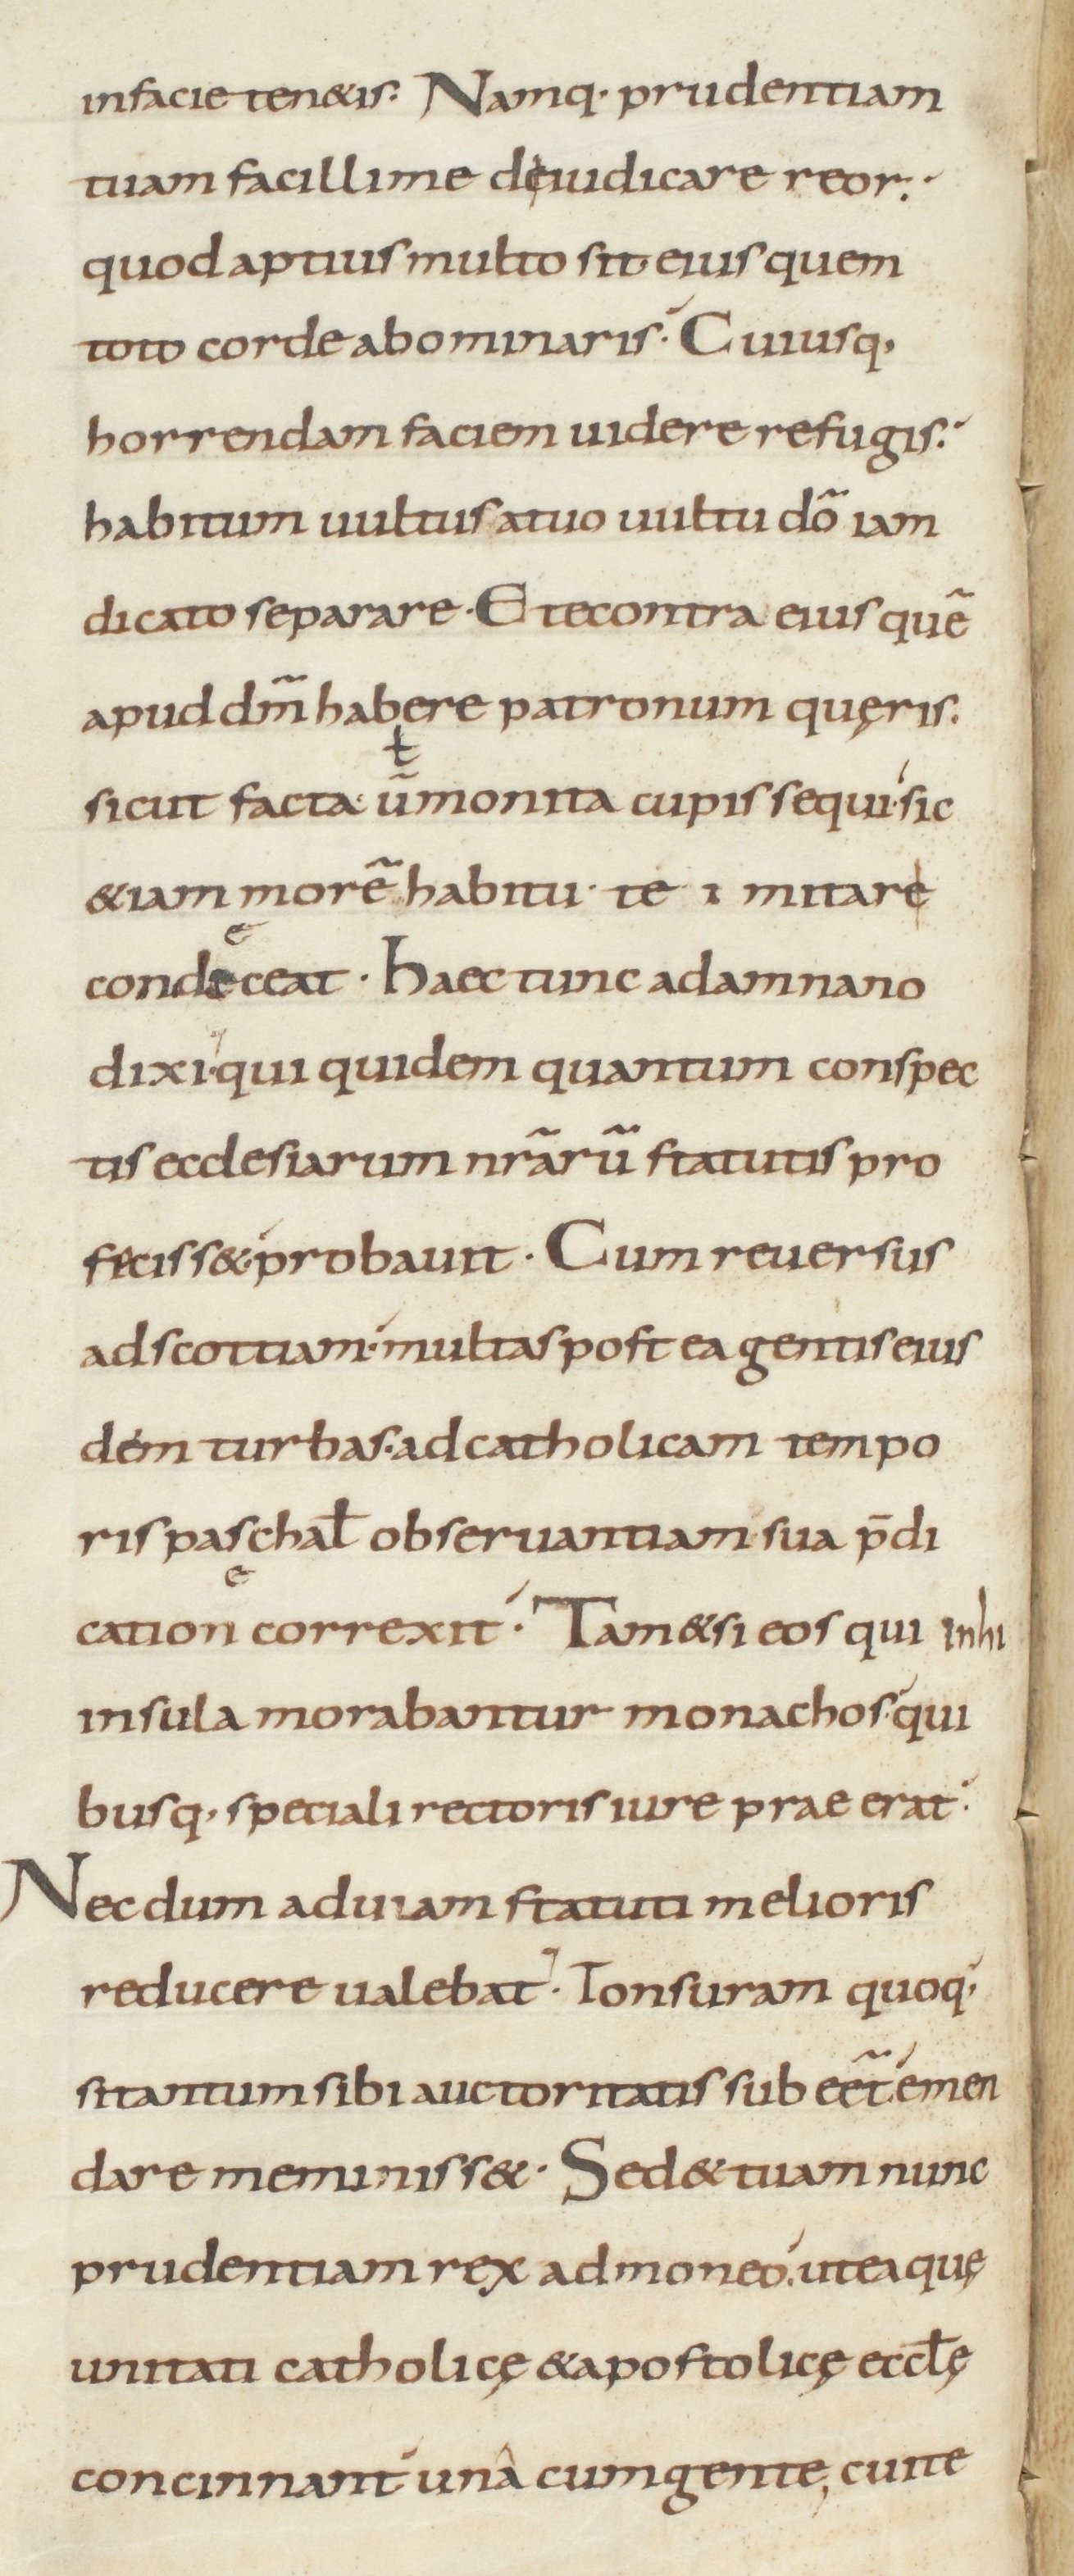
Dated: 800–899